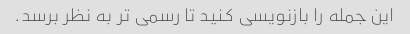
این جمله را بازنویسی کنید تا رسمی تر به نظر برسد.